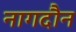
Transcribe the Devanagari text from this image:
नागदौन